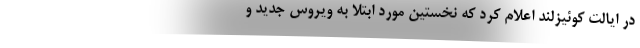
در ایالت کوئیزلند اعلام کرد که نخستین مورد ابتلا به ویروس جدید و